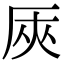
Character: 𠩘